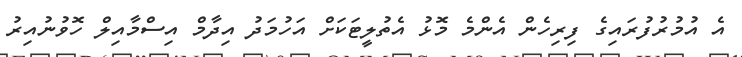
އެ އުމުރުފުރައިގެ ފިރިހެން އެންމެ މޮޅު އެތުލީޓަކަށް އަހުމަދު އިދާމް އިސްމާއިލް ހޮވުނުއިރު